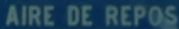
AIRE DE REPOS